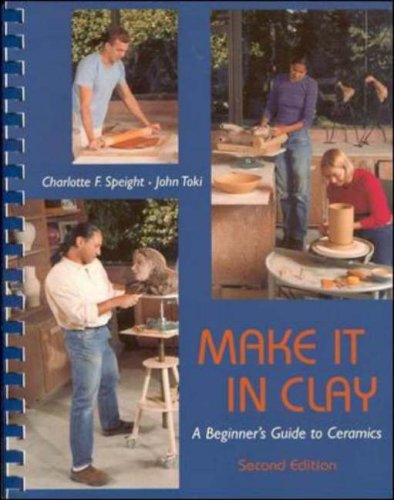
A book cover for Make It in Clay: A Beginner's Guide to Ceramics; Charlotte Speight; Crafts, Hobbies & Home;